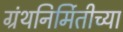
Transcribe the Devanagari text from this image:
ग्रंथनिर्मितीच्या